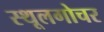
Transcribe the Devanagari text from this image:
स्थूलगोचर